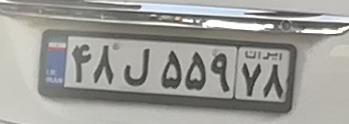
۴۸ل۵۵۹۷۸